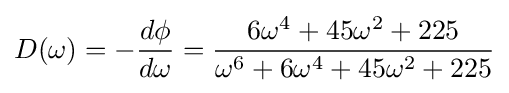
D(\omega )=-{\frac {d\phi }{d\omega }}={\frac {6\omega ^{4}+45\omega ^{2}+225}{\omega ^{6}+6\omega ^{4}+45\omega ^{2}+225}}